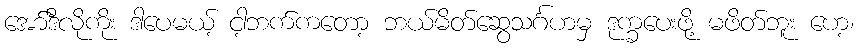
အော်ဒီလိုကိုး ဒါပေမယ့် ငါ့ဘက်ကတော့ ဘယ်မိတ်ဆွေသင်္ဂဟမှ ဒုက္ခပေးဖို့ မဖိတ်ဘူး ဟေ့၊